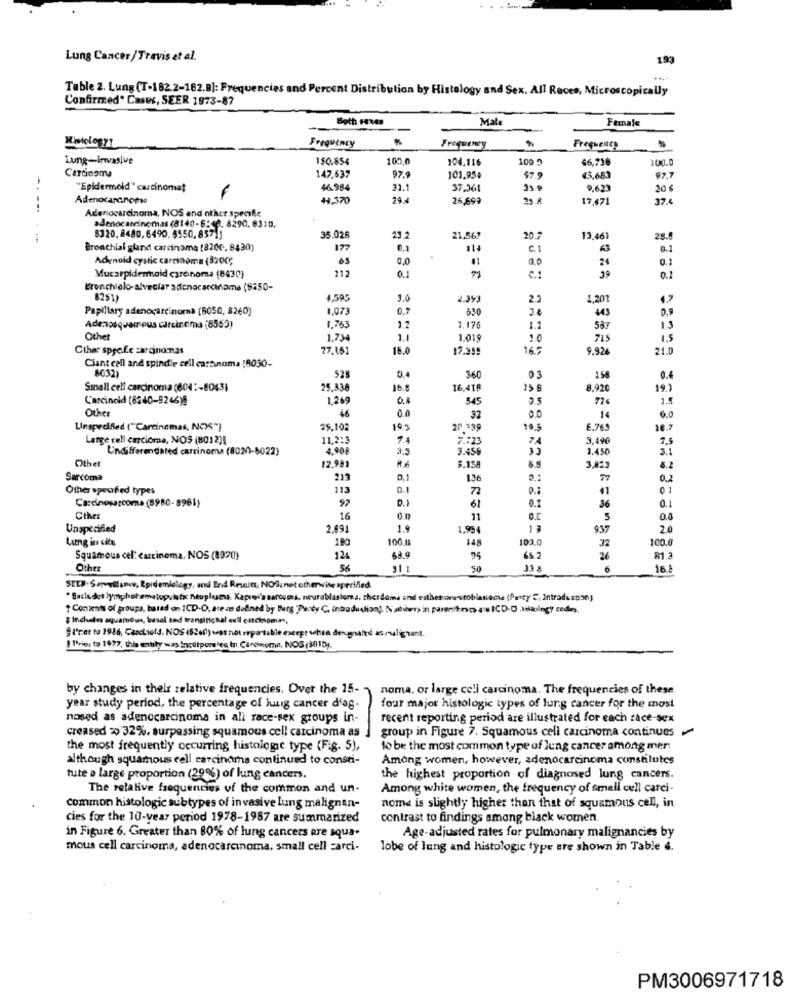
Lung Cancer /Travis et al.
193
Table 2. Lung (T-162.2-162.B): Frequencies and Percent Distribution by Histology and Sex. All Races, Microscopically
Confirmed. Cases, SEER 1973-87
Both FRE
Male
Female
Frequency
Frequency
Frequency
Lung-invaslue
150.854
105.0
104.116
100 0
66,730
100.0
Carcinoma
147,637
97.9
101,95$
$7.9
€3,683
97.7
"Epidermoid" carcinomat
6.984
31.1
37.061
25 9
9.62
20 €
Adenocarcinoma
4,370
26,899
17.471
37.4
Adenocarcinoma, NOS and other specific
adenocarcinomas (8140-6:10. 8290, 8330,
8320, 8480, 6490, 6550, 857))
35.026
21,567
20.7
13.461
25.6
Bronchial gland carcinoma (8200, 8430)
177
0.1
114
C.1
0.1
Adenoid cystic carcinoma (3200;
05
0,0
0.0
0.1
212
41
24
Mucsepidentold carcinoma (8430)
0.1
C .!
39
0.2
Bronchielo-alveciar adenocarcinoma (8250-
8251)
4,595
3.0
2.3
1.20
4.7
Papillary adenocarcinoma (6050, 8260)
1,073
0.7
630
443
0.9
1.763
Adenosqvam pus carcinoma (8569)
1.2
1.176
1.1
587
13
Other
1.734
1.1
1.019
2.0
715
1.5
Ciher spre.fe carcinomas
27.161
16.0
17.355
16.5
9.92
21.0
Ciant call and spindle cell ca:Snoma !8030-
8032)
52
0.4
360
03
158
0.4
Small cell carcinoma (604 :- 5043)
25.338
16.8
16,418
8.920
19.3
Carcinoid (8240-9246)9
1.26
545
2.5
774
1.5
Other
46
0.0
32
0.0
14
6.0
Unspecified ("Carcinemas, NOS"}
25.102
19.
20 *39
19.5
€,765
10.7
Large rell carciome, NOS (8012)!
11,2:3
7.4
2#23
7.4
3,49
7.5
Undifferentiated carcinoma (8020-8022)
4.90€
3.5
3.459
1.450
3.1
Other
8.158
12.981
3,02:
8.2
Sarcoma
0.1
136
77
0.2
Other specified types
113
D.1
72
01
Carcinosarcoma (8980-8961)
92
D.1
0.1
61
36
Other
16
5
0.0
Unspecified
2.49
1.9
1,954
937
2.0
Lang in citt
180
100.0
148
100.0
32
100.
Squamous cel: carcinoma, NOS (1970)
124
68.9
65.2
26
81.2
Other
56
31 1
50
31 a
6
16.
STEP: SameElance, Epidemiology, and End Results, NOS, net otherwise specified.
* Exclu des lymphohematopuis tis fıtoplums. Kapugi's sarcoma, neuroblastoma. cherdoma end esthet neuroblastoma (Perty C: Introduction)
+ Contents of groups, based on ICD-D, are as defined by Berg Party C. introduction). Nations in parenting are ICD-O Joking? codo.
§ Inchelms squamous, lasal ted transitichal exil entchomen,
@ Free to 1916, Cardnols, NOS (6200) was not reportable except when designated as malignant.
Prie: to 1977, this entity was Engotpereira In Cansinuma, NOS (2010).
by changes in thelr relative frequencies. Over the 15-
noma, or large cell carcinoma. The frequencies of these
year study period, the percentage of lung cancer d'ag-
four major histologic types of lung cancer for the most
nosed as adenocarcinoma in all race-sex groups in-
recent reporting period are illustrated for each race-sex
creased % 32%, surpassing squamous cell carcinoma as
group in Figure 7. Squamous cell carcinoma continues
the most frequently occurring histologie type (Fig. 5),
to be the most common type of lung cancer among mer
although squamous cell carcinoma continued to consti-
Among women, however, adenocarcinoma constitutes
tute a large proportion (29%) of lung cancers.
the highest proportion of diagnosed lung cancers.
The relative frequencies of the common and un-
Among white women, the frequency of small cell carci-
common histologic subtypes of invasive lung malignan-
nome is slightly higher than that of squamous cell, in
cies for the 10-year period 1978-1987 are summarized
contrast to findings among black women
Age-adjusted rates for pulmonary malignancies by
in Figure 6. Greater than 80% of lung cancers pre squa-
mous cell carcinoma, adenocarcinoma, small cell carci-
lobe of lung and histologic type are shown in Table 4.
PM3006971718